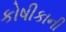
કોષીકાની